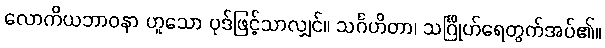
လောကိယဘာဝနာ ဟူသော ပုဒ်ဖြင့်သာလျှင်။ သင်္ဂဟိတာ၊ သင်္ဂြိုဟ်ရေတွက်အပ်၏။